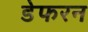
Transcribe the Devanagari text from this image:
डेफरन